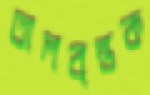
তালবৃন্তক